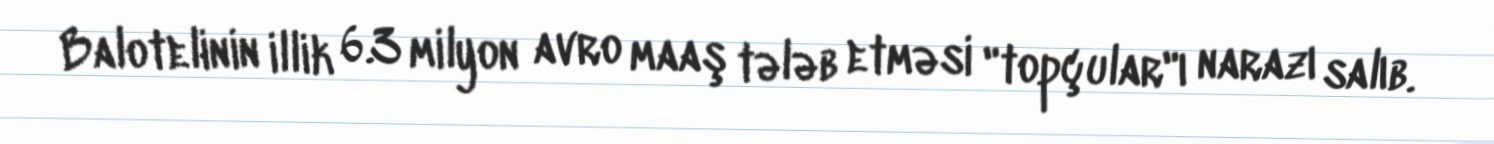
Balotelinin illik 6.3 milyon avro maaş tələb etməsi "topçular"ı narazı salıb.